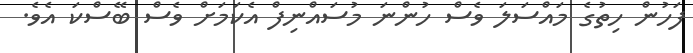
ފަހުން ހިތުގެ މައްސަލަ ވެސް ހުންނަ މުސައްނިފް އެކަމަށް ވެސް ބޭސްކަ އެވެ.